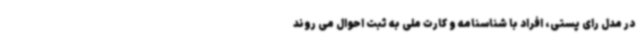
در مدل رای پستی، افراد با شناسنامه و کارت ملی به ثبت احوال می روند